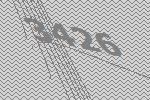
3426